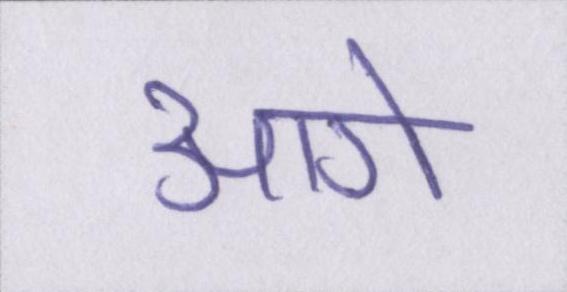
आगे